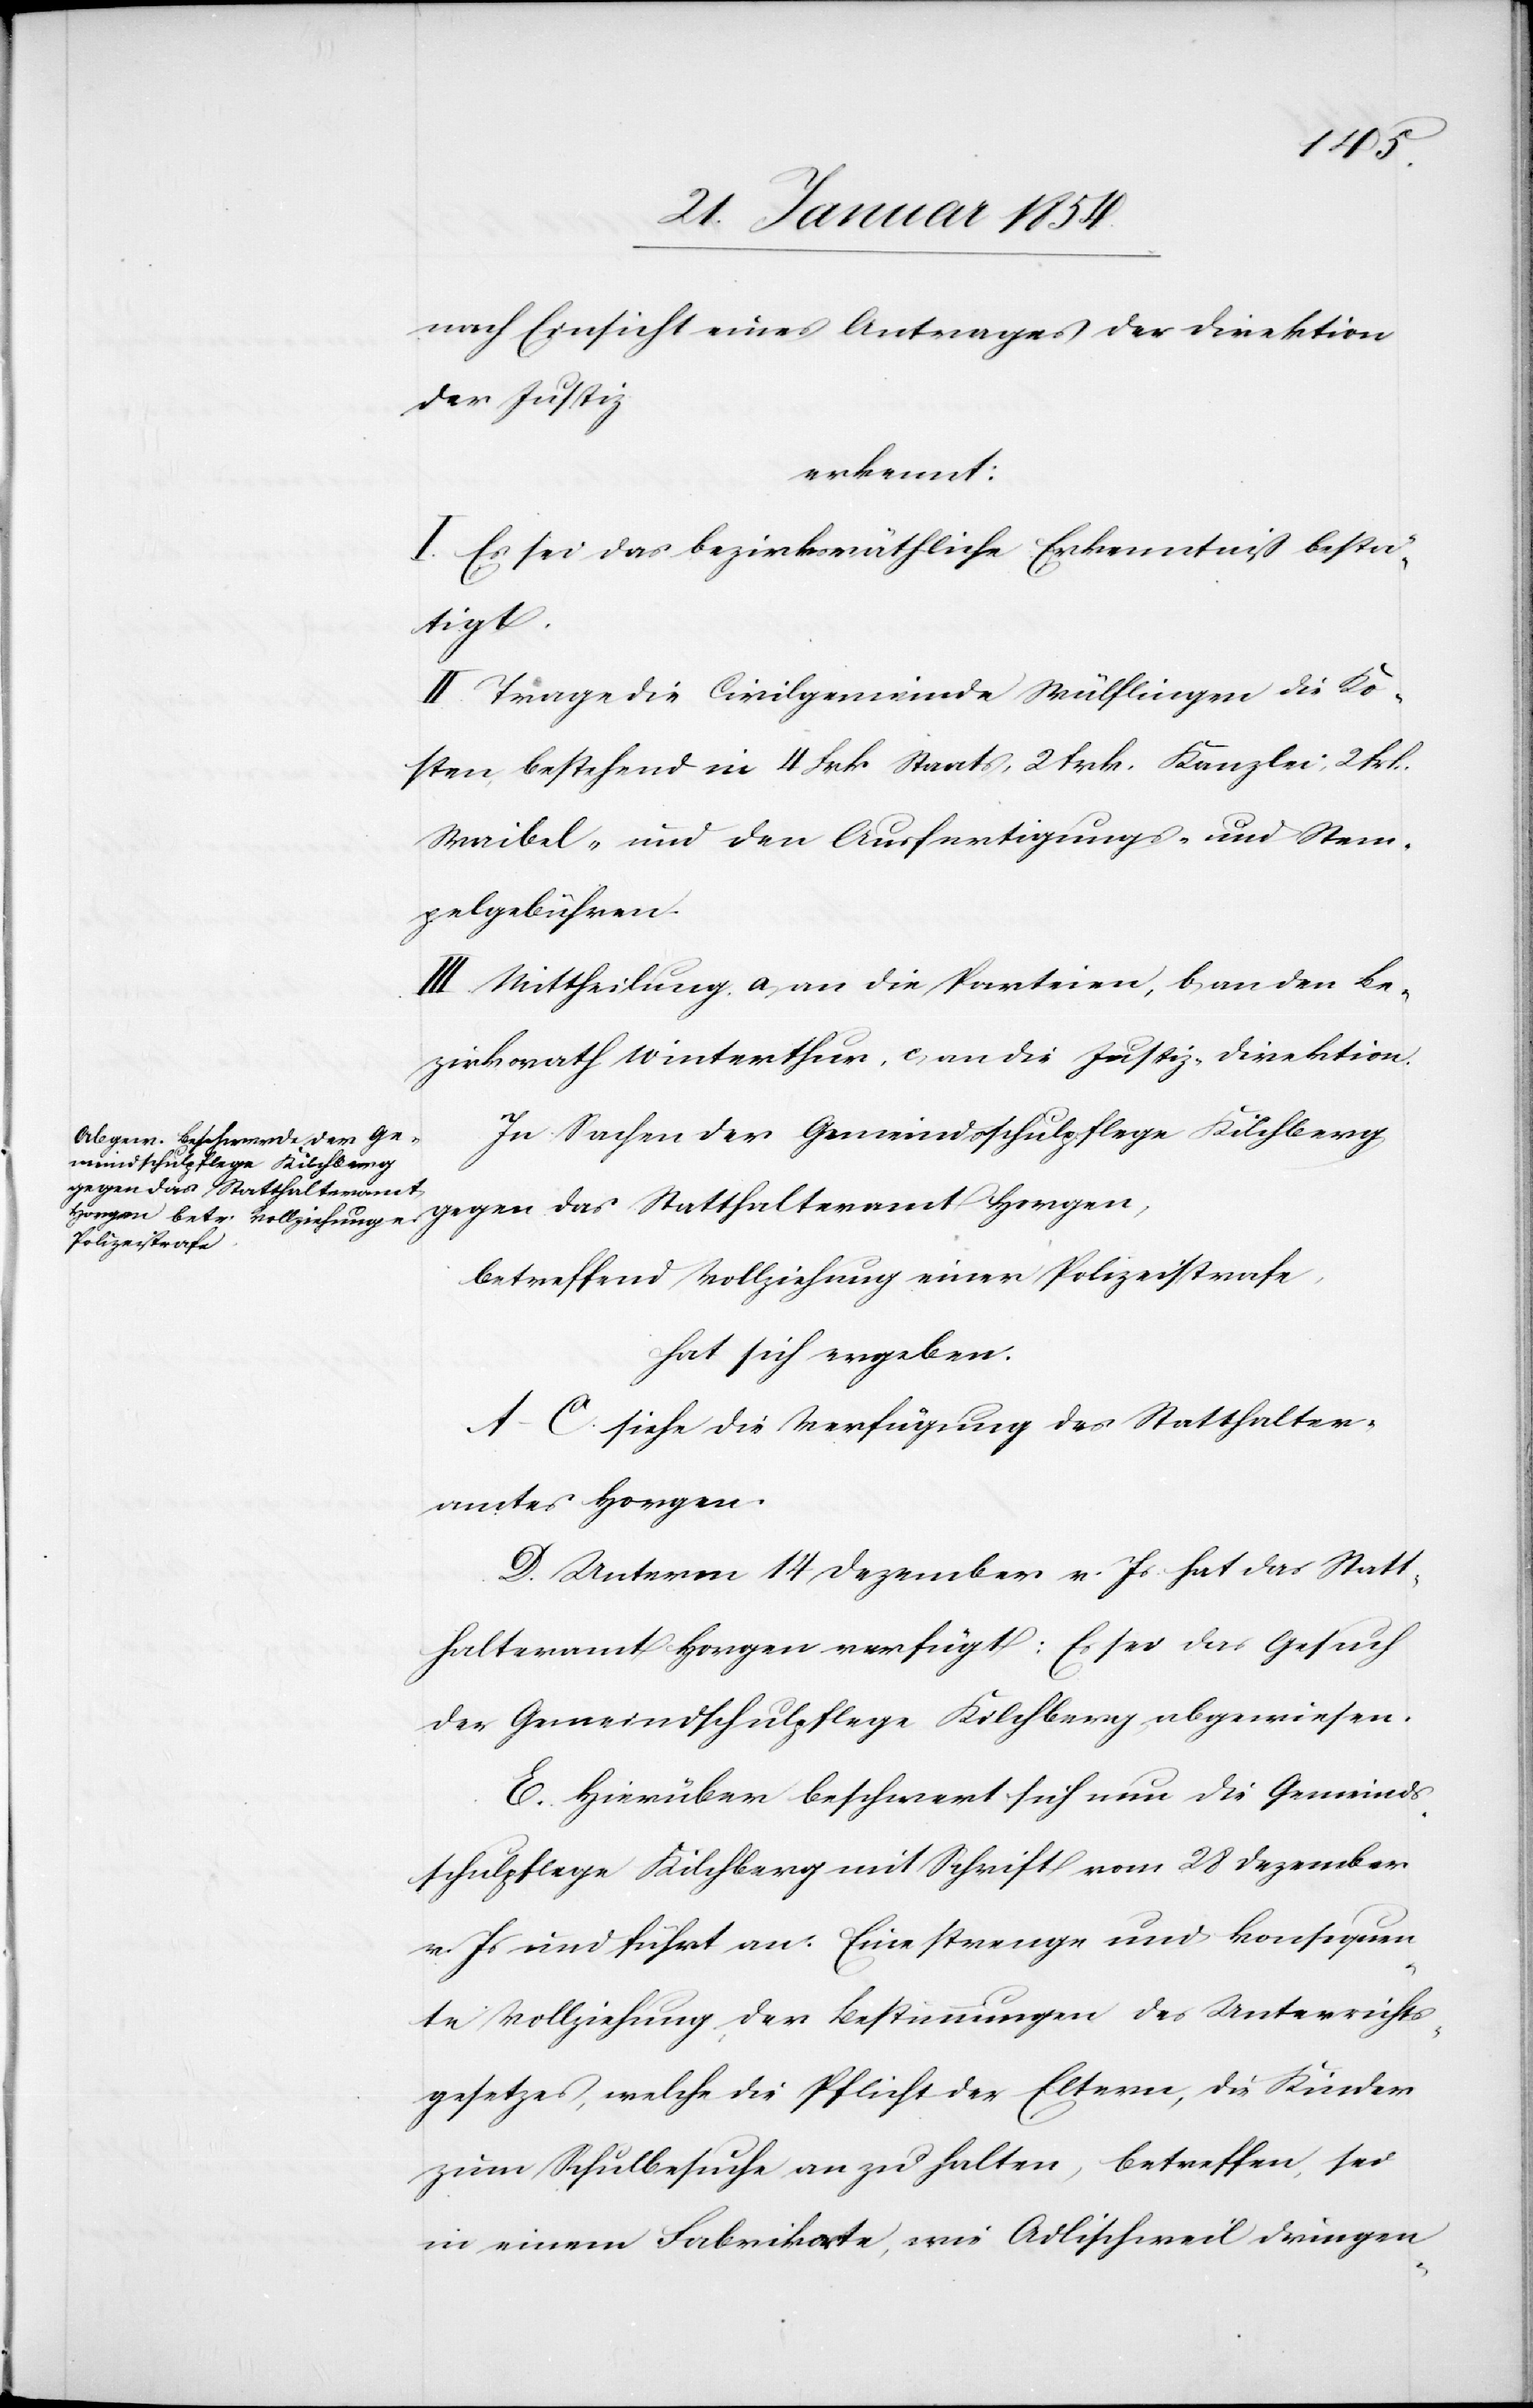
nach Einsicht eines Antrages der Direktion
der Justiz
erkennt:
I. Es sei das bezirksräthliche Erkenntniß bestä¬
tigt.
II. Trage die Civilgemeinde Wülflingen die Ko¬
sten, bestehend in 4 Frk. Staats[-], 2 Frk. Kanzlei[-], 2 Fr.
Waibel- und den Ausfertigungs- und Stem¬
pelgebühren.
III. Mittheilung a) an die Parteien, b) an den Be¬
zirksrath Winterthur, c) an die Justiz-Direktion.
In Sachen der Gemeindschulpflege Kilchberg
gegen das Statthalteramt Horgen,
betreffend Vollziehung einer Polizeistrafe,
hat sich ergeben:
A–C. siehe die Verfügung des Statthalter¬
amtes Horgen.
D. Unterm 14 Dezember v. Js hat das Statt¬
halteramt Horgen verfügt: Es sei das Gesuch
der Gemeindschulpflege Kilchberg abgewiesen.
E. Hierüber beschwert sich nun die Gemeind¬
schulpflege Kilchberg mit Schrift vom 28 Dezember
v. Js und führt an: Eine strenge und konsequen¬
te Vollziehung der Bestimmungen des Unterrichts¬
gesetzes, welche die Pflicht der Eltern, die Kinder
zum Schulbesuche anzuhalten, betreffen, sei
in einem Fabrikorte, wie Adlischweil dringen-